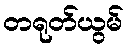
တရုတ်ယွမ်